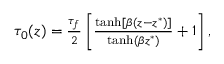
\begin{array} { r } { \tau _ { 0 } ( z ) = \frac { \tau _ { f } } { 2 } \left[ \frac { \operatorname { t a n h } [ \beta ( z - z ^ { * } ) ] } { \operatorname { t a n h } ( \beta z ^ { * } ) } + 1 \right] , } \end{array}